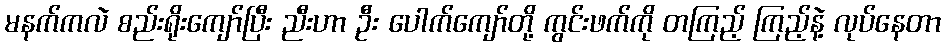
မနက်ကလဲ စည်းရိုးကျော်ပြီး ညီးဟာ ဦး ပေါက်ကျော်တို့ ကွင်းဖက်ကို တကြည့် ကြည့်နဲ့ လုပ်နေတာ